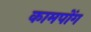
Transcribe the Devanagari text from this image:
कामपोंग